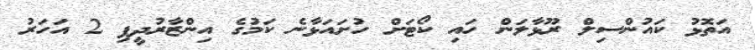
އަތޮޅު ކައުންސިލް ރޫޅާލަން ހައި ކޯޓަށް ހުށައަޅާނެ ކަމުގެ އިންޒާރުދީފި 2 އަހަރު